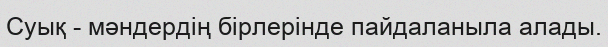
Суық - мәндердiң бiрлерiнде пайдаланыла алады.